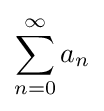
\sum _{n=0}^{\infty }a_{n}